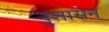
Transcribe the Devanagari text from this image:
नुशासन